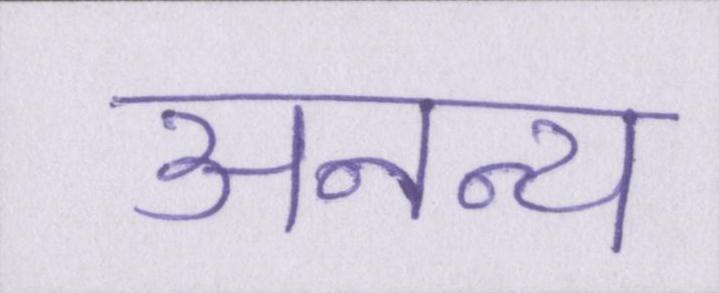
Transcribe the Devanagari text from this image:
अनन्य